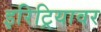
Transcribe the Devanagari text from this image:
इरिट्रियावर